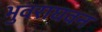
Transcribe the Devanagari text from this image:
भुवराघवन